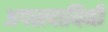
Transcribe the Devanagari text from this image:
अगस्त्यायिनी